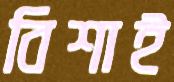
বিশাই